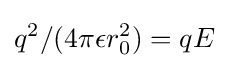
q^{2}/(4\pi \epsilon r_{0}^{2})=qE